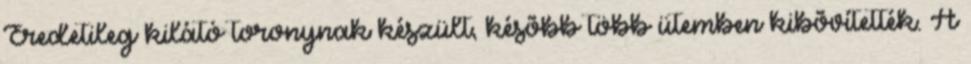
Eredetileg kilátó toronynak készült, késõbb több ütemben kibõvítették. A